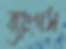
ব্যাংগস